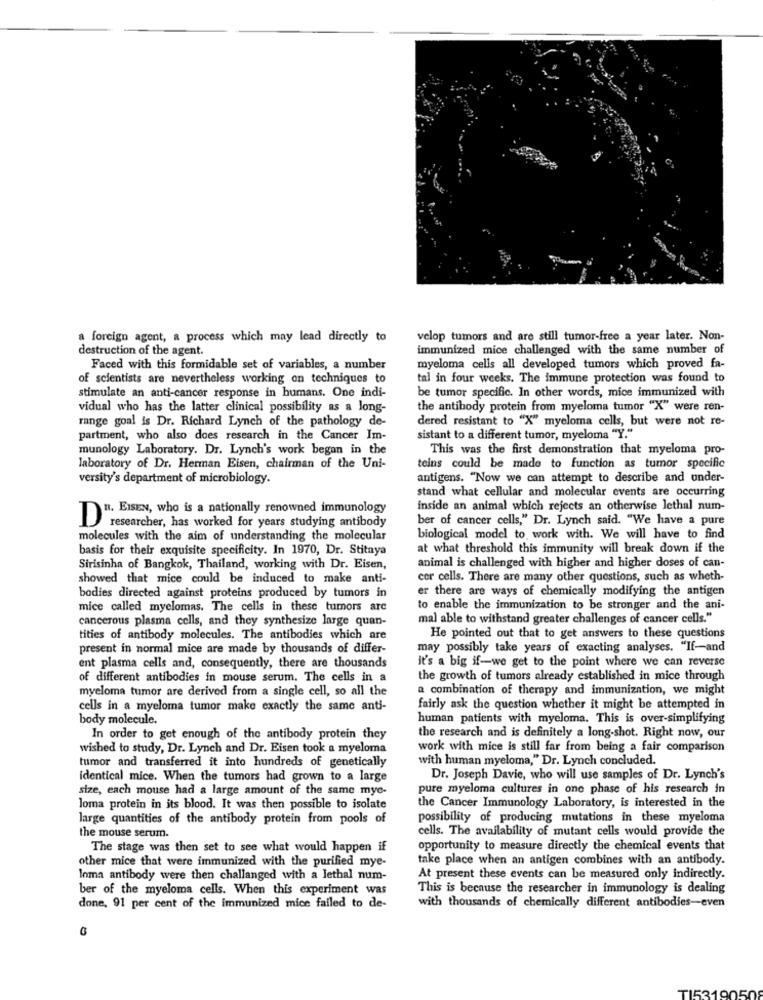
a foreign agent, a process which may lead directly to
velop tumors and are still tumor-free a year later. Non-
destruction of the agent.
immunized mice challenged with the same number of
Faced with this formidable set of variables, a number
myeloma cells all developed tumors which proved fa-
of scientists are nevertheless working on techniques to
tal in four weeks. The immune protection was found to
stimulate an anti-cancer response in humans. One indi-
be tumor specific. In other words, mice immunized with
vidual who has the latter clinical possibility as a long-
the antibody protein from myeloma tumor "X" were ren-
range goal is Dr. Richard Lynch of the pathology de-
dered resistant to "X" myeloma cells, but were not re-
partment, who also does research in the Cancer Im-
sistant to a different tumor, myeloma "Y."
munology Laboratory. Dr. Lynch's work began in the
This was the first demonstration that myeloma pro-
laboratory of Dr. Herman Eisen, chairman of the Uni-
teins could be made to function as tumor specific
versity's department of microbiology.
antigens. "Now we can attempt to describe and under-
stand what cellular and molecular events are occurring
inside an animal which rejects an otherwise lethal num-
D. EISEN, who is a nationally renowned immunology
ber of cancer cells," Dr. Lynch said. "We have a pure
researcher, has worked for years studying antibody
molecules with the aim of understanding the molecular
biological model to work with. We will have to find
basis for their exquisite specificity. In 1970, Dr. Stitnya
at what threshold this immunity will break down if the
Sirisinha of Bangkok, Thailand, working with Dr. Eisen,
animal is challenged with higher and higher doses of can-
showed that mice could be induced to make anti-
cor cells. There are many other questions, such as wheth-
er there are ways of chemically modifying the antigen
bodies directed against proteins produced by tumors in
mice called myelomas. The cells in these tumors are
to enable the immunization to be stronger and the ani-
cancerous plasma cells, and they synthesize large quan-
mal able to withstand greater challenges of cancer cells."
tities of antibody molecules. The antibodies which are
He pointed out that to get answers to these questions
present in normal mice are made by thousands of differ-
may possibly take years of exacting analyses. "If-and
it's a big if-we get to the point where we can reverse
ent plasma cells and, consequently, there are thousands
of different antibodies in mouse serum. The cells in a
the growth of tumors already established in mice through
myeloma tumor are derived from a single cell, so all the
a combination of therapy and immunization, we might
cells in a myeloma tumor make exactly the same anti-
fairly ask the question whether it might be attempted in
body molecule.
human patients with myeloma. This is over-simplifying
In order to get enough of the antibody protein they
the research and is definitely a long-shot. Right now, our
wished to study, Dr. Lynch and Dr. Eisen took a myeloma
work with mice is still far from being a fair comparison
tumor and transferred it into hundreds of genetically
with human myeloma," Dr. Lynch concluded.
identical mice. When the tumors had grown to a large
Dr. Joseph Davie, who will use samples of Dr. Lynch's
size, each mouse had a large amount of the same myc-
pure myeloma cultures in one phase of his research in
loma protein in its blood. It was then possible to isolate
the Cancer Immunology Laboratory, is interested in the
large quantities of the antibody protein from pools of
possibility of producing mutations in these myeloma
cells. The availability of mutant cells would provide the
the mouse serum.
The stage was then set to see what would happen if
opportunity to measure directly the chemical events that
other mice that were immunized with the purified mye-
take place when an antigen combines with an antibody.
Inma antibody were then challanged with a lethal num-
At present these events can be measured only indirectly.
ber of the myeloma cells. When this experiment was
This is because the researcher in immunology is dealing
done, 91 per cent of the immunized mice failed to de-
with thousands of chemically different antibodies-even